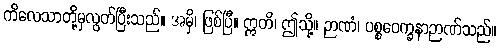
ကိလေသာတို့မှလွတ်ပြီးသည်။ အမှိ၊ ဖြစ်ပြီ။ ဣတိ၊ ဤသို့။ ဉာဏံ၊ ပစ္စဝေက္ခနာဉာဏ်သည်။